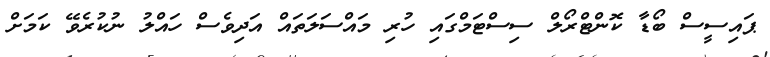
ޕައިސީސް ބޯޑާ ކޮންޓްރޯލް ސިސްޓަމްގައި ހުރި މައްސަލަތައް އަދިވެސް ހައްލު ނުކުރެވޭ ކަމަށް